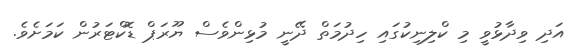
އަދި ވިދާޅުވީ މި ކްލިނިކުގައި ހިދުމަތް ދޭނީ މުޅިންވެސް ޔޫރަޕް ޑޮކްޓަރުން ކަަމަށެވެ.